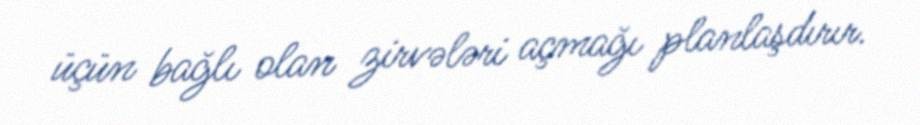
üçün bağlı olan zirvələri açmağı planlaşdırır.